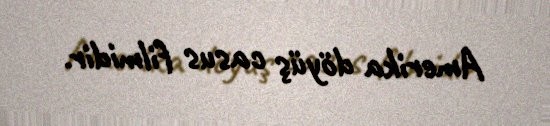
Amerika döyüş casus filmidir.